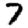
Digit: 7